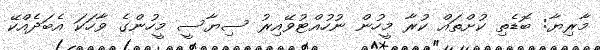
މާރިޔާ: ބޮޑެތި ކުށްތައް ކުރާ މީހުން ނުހުއްޓުވޭއިރު ސިޔާސީ މީހުންގެ ވާހަކަ އެބަދެއްކޭ